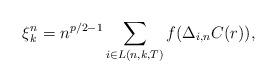
LaTeX: \begin{align*}\xi_k^n=n^{p/2-1}\sum_{i \in L(n,k,T) } f(\Delta_{i,n}C(r) ), \end{align*}